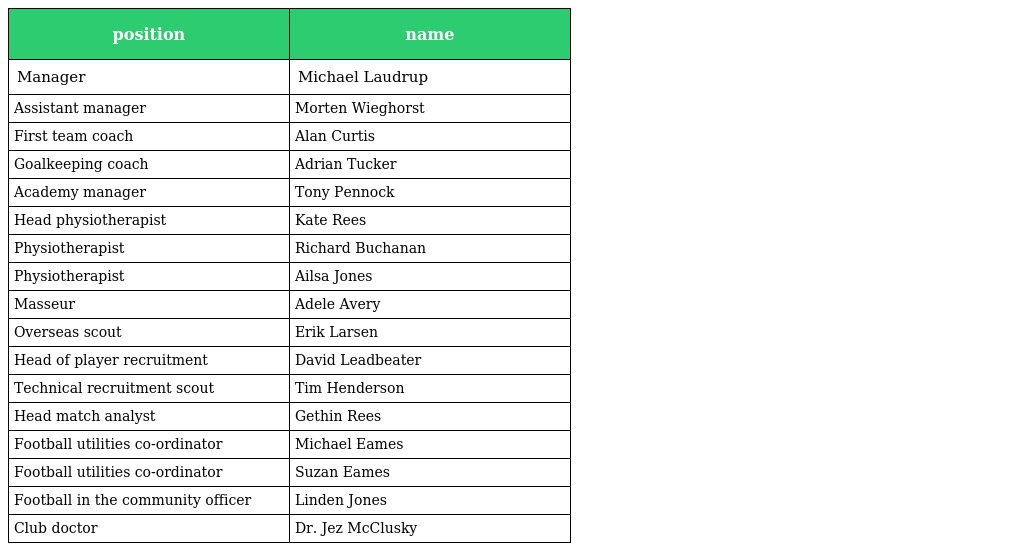
| position | name |
 | --- | --- |
 | Manager | Michael Laudrup |
 | Assistant manager | Morten Wieghorst |
 | First team coach | Alan Curtis |
 | Goalkeeping coach | Adrian Tucker |
 | Academy manager | Tony Pennock |
 | Head physiotherapist | Kate Rees |
 | Physiotherapist | Richard Buchanan |
 | Physiotherapist | Ailsa Jones |
 | Masseur | Adele Avery |
 | Overseas scout | Erik Larsen |
 | Head of player recruitment | David Leadbeater |
 | Technical recruitment scout | Tim Henderson |
 | Head match analyst | Gethin Rees |
 | Football utilities co-ordinator | Michael Eames |
 | Football utilities co-ordinator | Suzan Eames |
 | Football in the community officer | Linden Jones |
 | Club doctor | Dr. Jez McClusky |